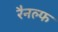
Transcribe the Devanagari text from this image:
रैनल्फ